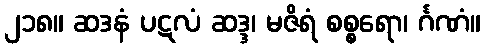
၂၁၈။ ဆဒနံ ပဋလံ ဆဒ္ဒ၊ မဇိရံ စစ္စရော၊ င်္ဂဏံ။